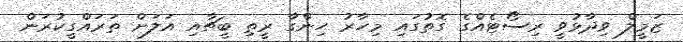
ޒަމީލް ވިދާޅުވީ ރިސޯޓެއްގެ ގޮތުގައި މިހާރު ހިންގާ ރީތި ބީޗާއި އަލަށް ތަރައްގީކުރަން